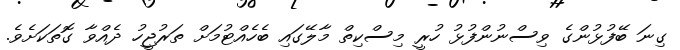
ގިނަ ބޭފުޅުންގެ ވިސްނުންފުޅު ހުރީ މިސްކިތް މާލޭގައި ބެހެއްޓުމަށް ތަރުޖީހު ދެއްވާ ގޮތަކަށެވެ.